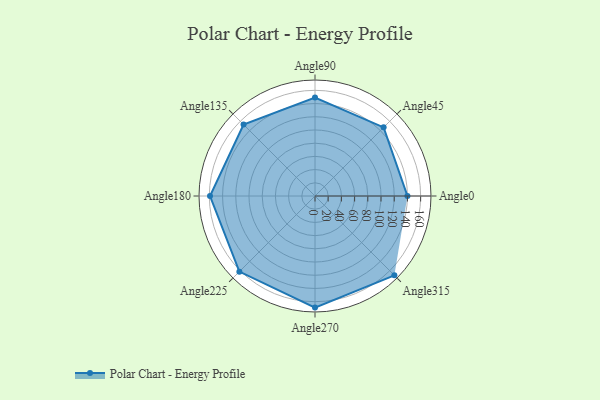
{"axis": {"x": "Angle", "y": "Radius"}, "legend": [""], "data": [{"x": "Angle0", "y": 140.0, "type": ""}, {"x": "Angle45", "y": 147.0, "type": ""}, {"x": "Angle90", "y": 149.0, "type": ""}, {"x": "Angle135", "y": 153.0, "type": ""}, {"x": "Angle180", "y": 159.0, "type": ""}, {"x": "Angle225", "y": 162.0, "type": ""}, {"x": "Angle270", "y": 169.0, "type": ""}, {"x": "Angle315", "y": 170, "type": ""}]}